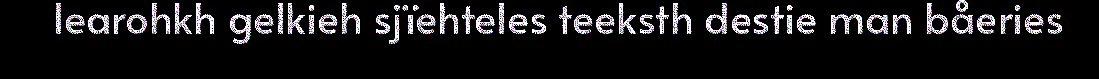
learohkh gelkieh sjïehteles teeksth destie man båeries